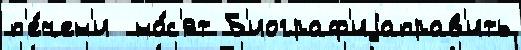
п'е́чен'и  но́с'ят Б'иограф'иjаправ'ить